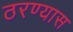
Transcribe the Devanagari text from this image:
ठरण्यास